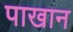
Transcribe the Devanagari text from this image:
पाखान